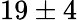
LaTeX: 19\pm 4